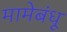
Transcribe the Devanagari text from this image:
मामेबंधू